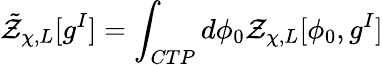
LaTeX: {\tilde{\cal Z}}_{\chi,L}[g^{I}]=\int_{CTP}d\phi_{0}{\cal Z}_{\chi,L}[\phi_{0},g^{I}]